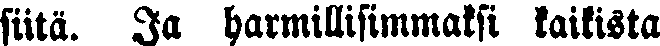
siitä. Ja harmillisimmaksi kaikista